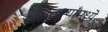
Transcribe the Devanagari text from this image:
बातम्यांमध्ये